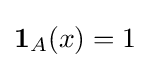
\mathbf {1} _{A}(x)=1